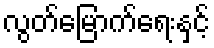
လွတ်မြောက်ရေးနှင့်